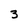
Character: 3